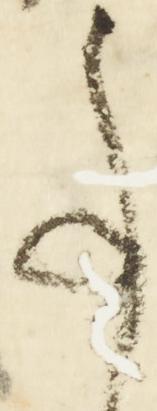
候